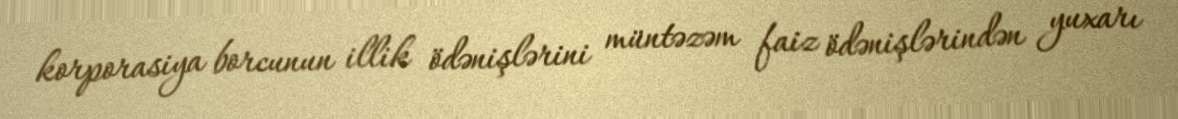
korporasiya borcunun illik ödənişlərini müntəzəm faiz ödənişlərindən yuxarı